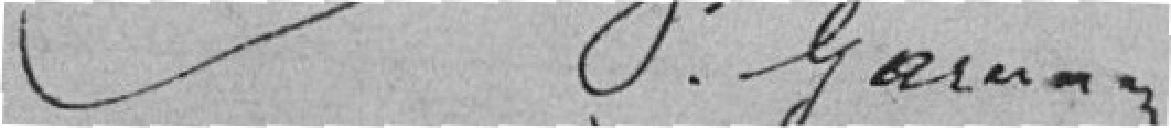
P. GARNAN??